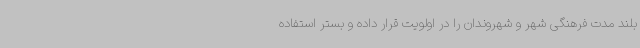
بلند مدت فرهنگی شهر و شهروندان را در اولویت قرار داده و بستر استفاده